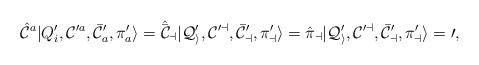
\begin{align*}{\hat {\cal C}}^a | Q'_i, {\cal C}^{\prime a},\bar {\cal C}^{\prime}_{ a}, {\pi}'_a \rangle =\hat {\bar {\cal C}}_a | Q'_i, {\cal C}^{\prime a},\bar {\cal C}^{\prime}_{ a}, {\pi}'_a \rangle ={\hat {\pi}}_a | Q'_i, {\cal C}^{\prime a},\bar {\cal C}^{\prime}_{ a}, {\pi}'_a \rangle =0,\end{align*}